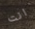
انت